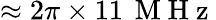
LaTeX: \approx 2\pi\times 11\, \mathrm{~M~H~z~}